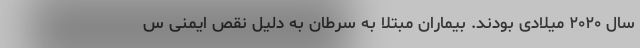
سال ۲۰۲۰ میلادی بودند. بیماران مبتلا به سرطان به دلیل نقص ایمنی س